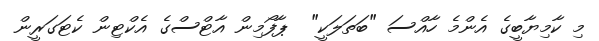
މި ކާމިޔާބީގެ އެންމެ ހާއްސަ "ބަތަލަކީ"  ޕާފޯމިން އާޓްސްގެ އެކްޓިން ކެޓަގަރީން